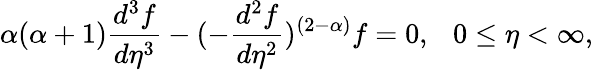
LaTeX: \alpha(\alpha+1)\frac{d^{3}f}{d\eta^{3}}-(-\frac{d^{2}f}{d\eta^{2}})^{(2-\alpha)}f=0,~~~0\le\eta<\infty,